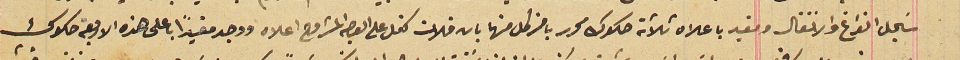
سَجل الفراغ والانتقال ومقيد باعلاه ثلاثة صكوك محرر باخر كل منها بان فلان كفل على الوجه المشروح اعلاه ووجد مقيداً باعلى هذه الاربعة صكوك